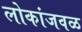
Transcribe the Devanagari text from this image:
लोकांजवळ